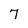
Character: 7